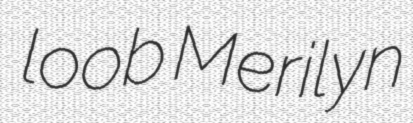
loob Merilyn